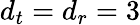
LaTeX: {d_{t}}={d_{r}}=3